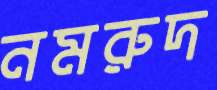
নমরুদ